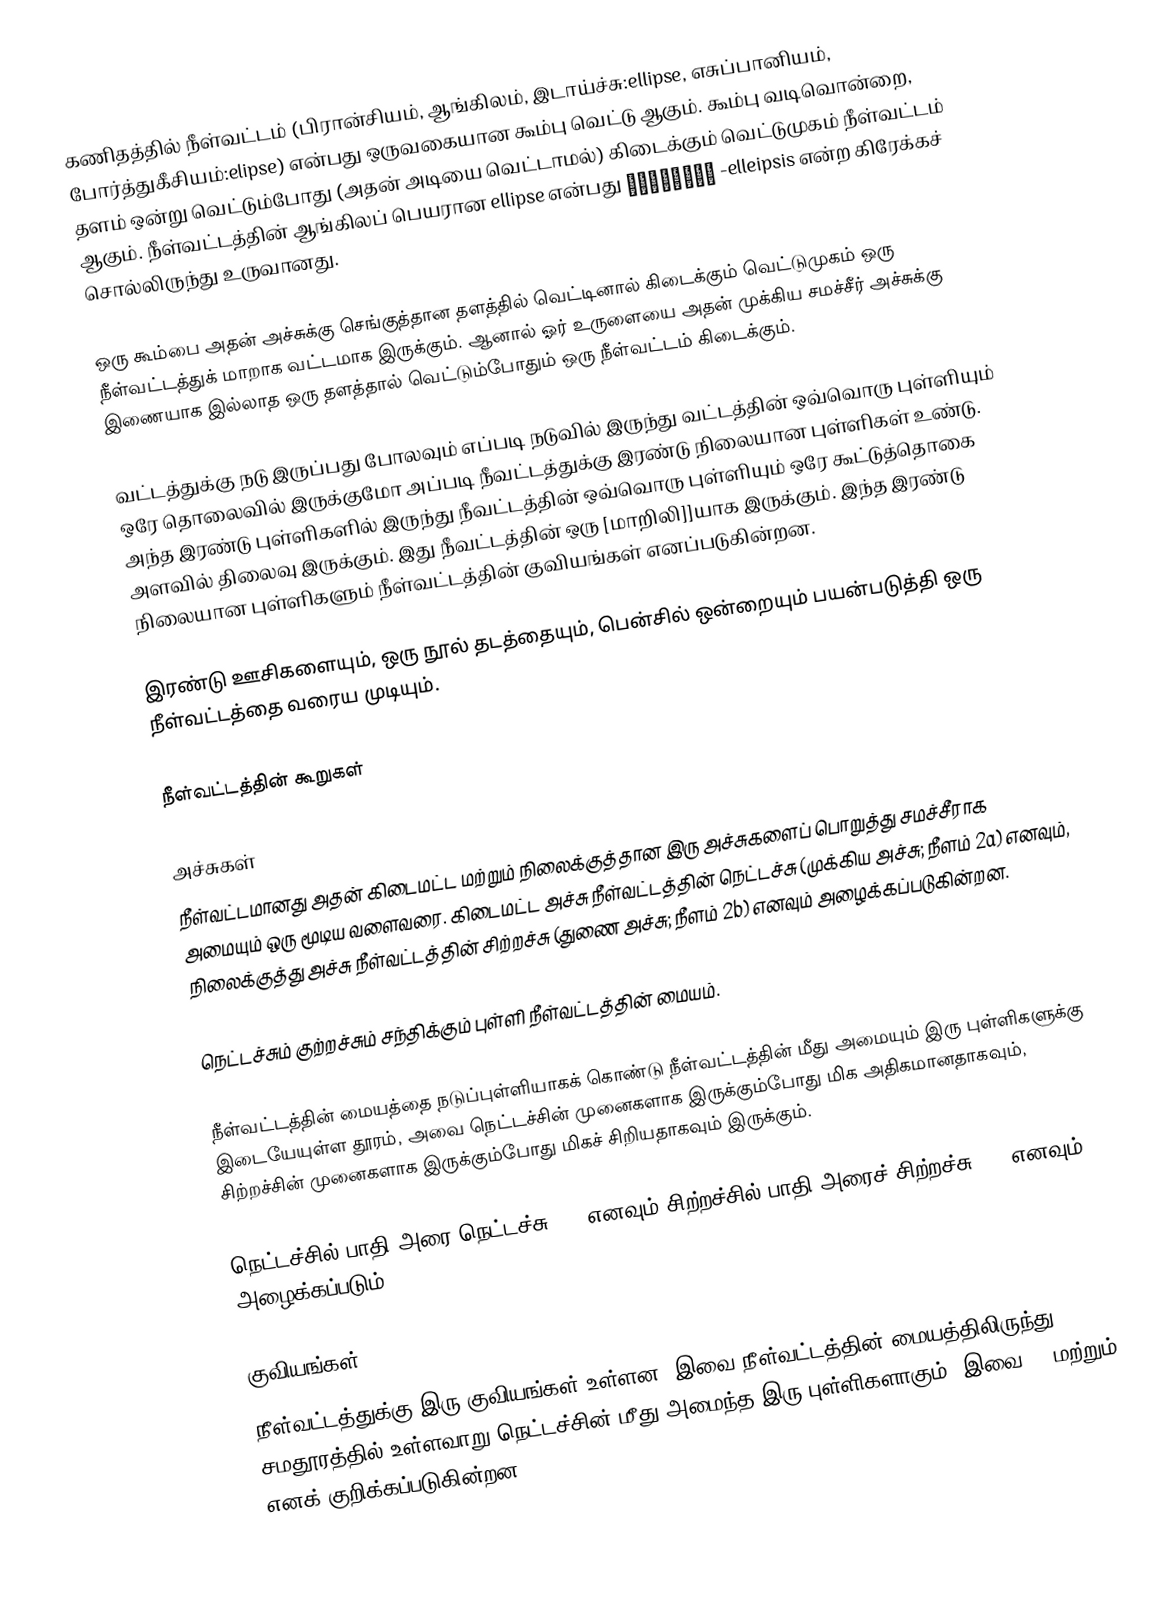
கணிதத்தில் நீள்வட்டம் (பிரான்சியம், ஆங்கிலம், இடாய்ச்சு:ellipse, எசுப்பானியம், போர்த்துகீசியம்:elipse) என்பது ஒருவகையான கூம்பு வெட்டு ஆகும். கூம்பு வடிவொன்றை, தளம் ஒன்று வெட்டும்போது (அதன் அடியை வெட்டாமல்) கிடைக்கும் வெட்டுமுகம் நீள்வட்டம் ஆகும். நீள்வட்டத்தின் ஆங்கிலப் பெயரான ellipse என்பது ἔλλειψις -elleipsis என்ற கிரேக்கச் சொல்லிருந்து உருவானது.

ஒரு கூம்பை அதன் அச்சுக்கு செங்குத்தான தளத்தில் வெட்டினால் கிடைக்கும் வெட்டுமுகம் ஒரு நீள்வட்டத்துக் மாறாக வட்டமாக இருக்கும். ஆனால் ஓர் உருளையை அதன் முக்கிய சமச்சீர் அச்சுக்கு இணையாக இல்லாத ஒரு தளத்தால் வெட்டும்போதும் ஒரு நீள்வட்டம் கிடைக்கும்.

வட்டத்துக்கு நடு இருப்பது போலவும் எப்படி நடுவில் இருந்து வட்டத்தின் ஒவ்வொரு புள்ளியும் ஒரே தொலைவில் இருக்குமோ அப்படி நீவட்டத்துக்கு இரண்டு  நிலையான புள்ளிகள் உண்டு. அந்த இரண்டு புள்ளிகளில் இருந்து நீவட்டத்தின் ஒவ்வொரு புள்ளியும் ஒரே கூட்டுத்தொகை அளவில் திலைவு இருக்கும்.  இது நீவட்டத்தின் ஒரு [மாறிலி]]யாக இருக்கும். இந்த இரண்டு நிலையான புள்ளிகளும் நீள்வட்டத்தின் குவியங்கள் எனப்படுகின்றன.

இரண்டு ஊசிகளையும், ஒரு நூல் தடத்தையும், பென்சில் ஒன்றையும் பயன்படுத்தி ஒரு நீள்வட்டத்தை வரைய முடியும்.

நீள்வட்டத்தின் கூறுகள்

அச்சுகள்
நீள்வட்டமானது அதன் கிடைமட்ட மற்றும் நிலைக்குத்தான இரு அச்சுகளைப் பொறுத்து சமச்சீராக அமையும் ஒரு மூடிய வளைவரை. கிடைமட்ட அச்சு நீள்வட்டத்தின் நெட்டச்சு (முக்கிய அச்சு; நீளம் 2a) எனவும், நிலைக்குத்து அச்சு நீள்வட்டத்தின் சிற்றச்சு (துணை அச்சு; நீளம் 2b) எனவும் அழைக்கப்படுகின்றன.

நெட்டச்சும் குற்றச்சும் சந்திக்கும் புள்ளி நீள்வட்டத்தின் மையம்.

நீள்வட்டத்தின் மையத்தை நடுப்புள்ளியாகக் கொண்டு நீள்வட்டத்தின் மீது அமையும் இரு புள்ளிகளுக்கு இடையேயுள்ள தூரம், அவை நெட்டச்சின் முனைகளாக இருக்கும்போது மிக அதிகமானதாகவும், சிற்றச்சின் முனைகளாக இருக்கும்போது மிகச் சிறியதாகவும் இருக்கும்.

நெட்டச்சில் பாதி அரை நெட்டச்சு (a) எனவும் சிற்றச்சில் பாதி அரைச் சிற்றச்சு (b) எனவும் அழைக்கப்படும்.

குவியங்கள்
நீள்வட்டத்துக்கு இரு குவியங்கள் உள்ளன. இவை நீள்வட்டத்தின் மையத்திலிருந்து சமதூரத்தில் உள்ளவாறு நெட்டச்சின் மீது அமைந்த இரு புள்ளிகளாகும். இவை F1 மற்றும் F2 எனக் குறிக்கப்படுகின்றன.